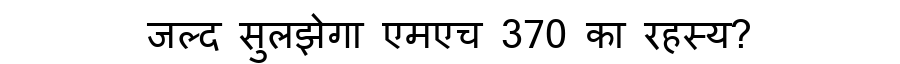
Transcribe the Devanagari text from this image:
जल्द सुलझेगा एमएच 370 का रहस्य?